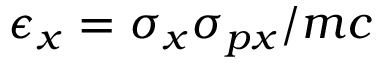
\epsilon _ { x } = \sigma _ { x } \sigma _ { p x } / m c